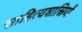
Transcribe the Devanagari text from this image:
साहित्यशास्रियों